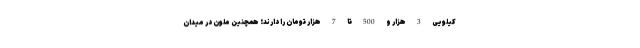
کیلویی 3 هزار و 500 تا 7 هزار تومان را دارند؛ همچنین ملون در میدان